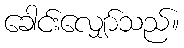
ခေါင်းလျှော်သည်။